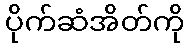
ပိုက်ဆံအိတ်ကို